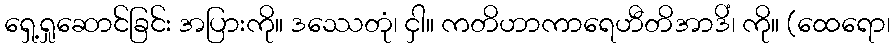
ရှေ့ရှုဆောင်ခြင်း အပြားကို။ ဒဿေတုံ၊ ငှါ။ ကတိဟာကာရေဟီတိအာဒိံ၊ ကို။ (ထေရော၊